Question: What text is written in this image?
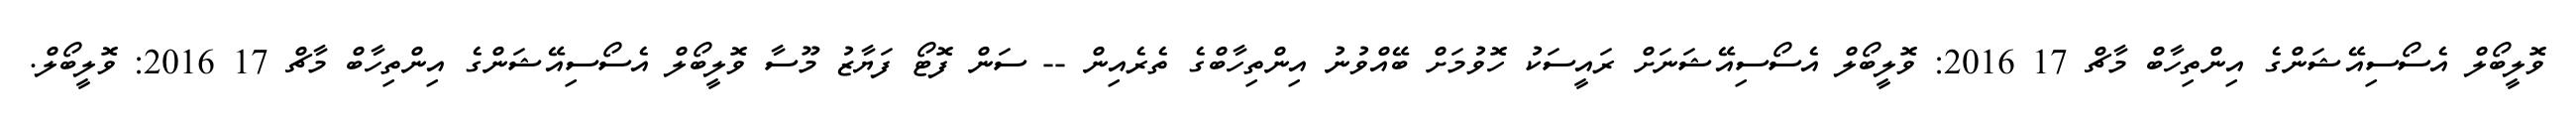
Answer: ވޮލީބޯލް އެސޯސިއޭޝަންގެ އިންތިހާބް މާޗް 17 2016: ވޮލީބޯލް އެސޯސިއޭޝަނަށް ރައީސަކު ހޮވުމަށް ބޭއްވުނު އިންތިހާބްގެ ތެރެއިން -- ސަން ފޮޓޯ ފަޔާޒު މޫސާ ވޮލީބޯލް އެސޯސިއޭޝަންގެ އިންތިހާބް މާޗް 17 2016: ވޮލީބޯލް.